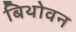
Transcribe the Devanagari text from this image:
बिथोवन